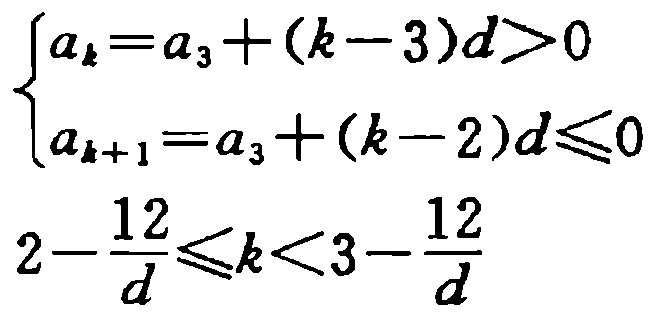
\[

\begin{cases}

a_{k}=a_{3}+(k - 3)d>0\\

a_{k + 1}=a_{3}+(k - 2)d\leqslant0

\end{cases}

\]

\[

2-\frac{12}{d}\leqslant k<3-\frac{12}{d}

\]